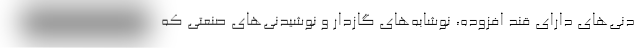
دنی‌های دارای قند افزوده، نوشابه‌های گازدار و نوشیدنی‌های صنعتی که